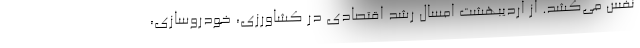
نفس می‌کشد. از اردیبهشت امسال رشد اقتصادی در کشاورزی، خودروسازی،